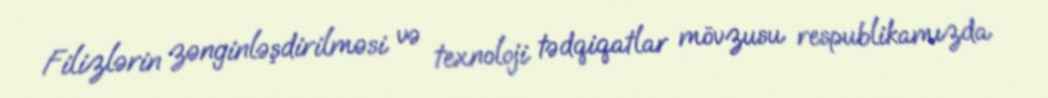
Filizlərin zənginləşdirilməsi və texnoloji tədqiqatlar mövzusu respublikamızda